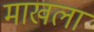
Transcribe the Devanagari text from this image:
माखला